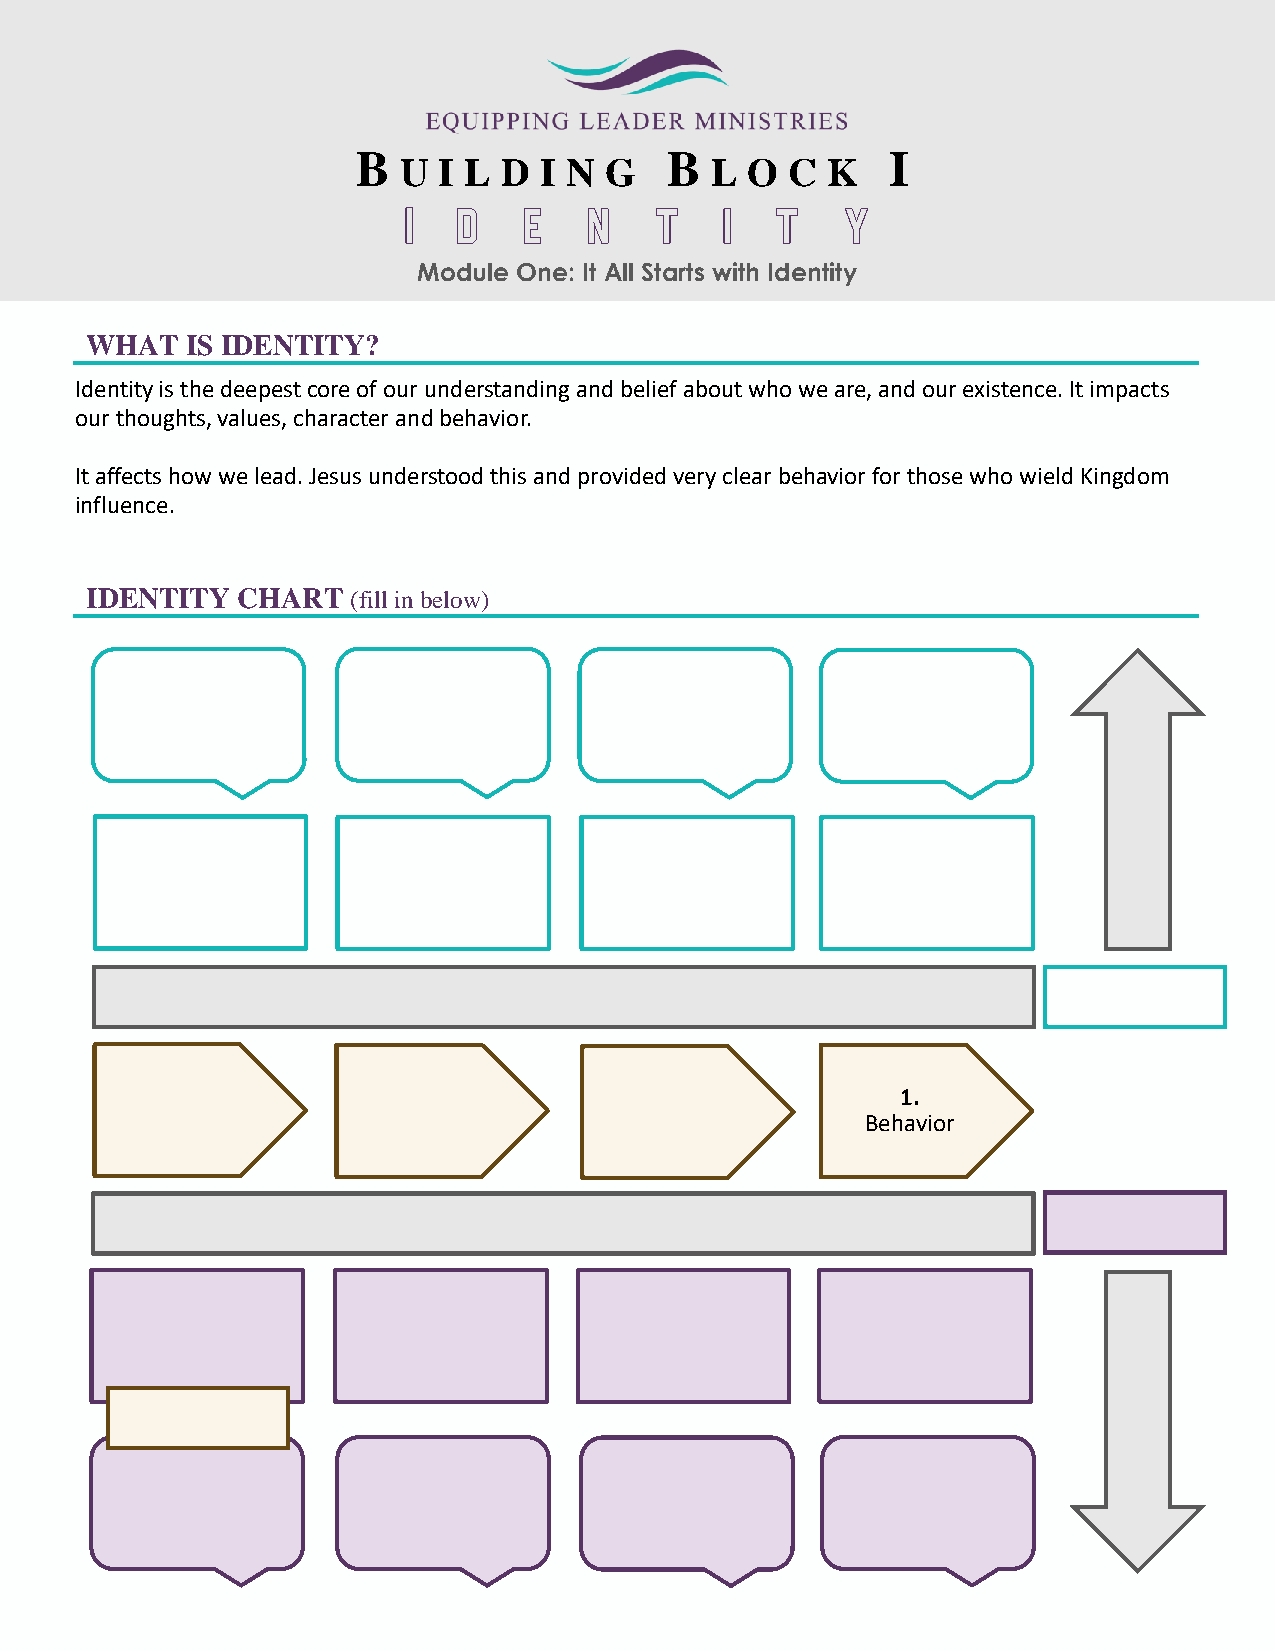
B                   B              I
 U  I L D  I N G      L O  C  K
 I  d    e   n   t    i  t    y
 Module One: It All Starts with Identity
 WHAT  IS IDENTITY?
 Identity is the deepest core of our understanding and belief about who we are, and our existence. It impacts
 our thoughts, values, character and behavior.
 It affects how we lead. Jesus understood this and provided very clear behavior for those who wield Kingdom
 influence.
 IDENTITY  CHART  (fill in below)
 1.
 Behavior